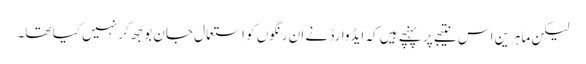
لیکن ماہرین اس نتیجے پر پہنچے ہیں کہ ایڈوارڈ نے ان رنگوں کو استعمال جان بوجھ کر نہیں کیا تھا۔